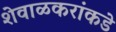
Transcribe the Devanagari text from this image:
शेवाळकरांकडे